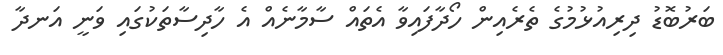
ބަރުބޮޑު ދިރިއުޅުމުގެ ތެރެއިން ހޯދާފައިވާ އެތައް ސާމާނެއް އެ ހާދިސާތަކުގައި ވަނީ އަނދާ